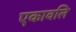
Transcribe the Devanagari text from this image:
एकावलि